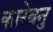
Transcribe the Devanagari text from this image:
कारेबनु